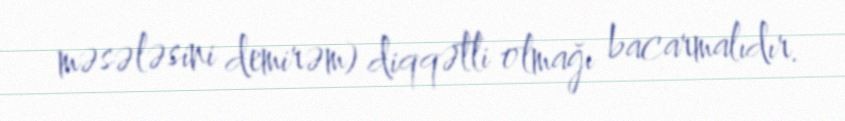
məsələsini demirəm) diqqətli olmağı bacarmalıdır.